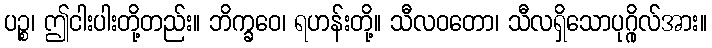
ပဉ္စ၊ ဤငါးပါးတို့တည်း။ ဘိက္ခဝေ၊ ရဟန်းတို့။ သီလဝတော၊ သီလရှိသောပုဂ္ဂိုလ်အား။